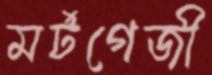
মর্টগেজী